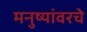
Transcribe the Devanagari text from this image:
मनुष्यांवरचे